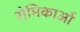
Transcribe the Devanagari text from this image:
रोमिकाओं